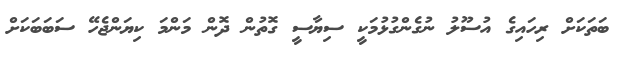
ބަތަކަށް ރިހައިގެ އުސޫލު ނުގެންގުޅުމަކީ ސިޔާސީ ގޮތުން ދޮން މަންމަ ކިޔަންޖެހޭ ސަބަބަކަށް